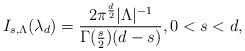
LaTeX: \begin{align*}I_{s,\Lambda}(\lambda_d)= \frac{2\pi^{\frac{d}{2}}|\Lambda|^{-1}}{\Gamma(\frac{s}{2})(d-s)}, 0<s<d, \end{align*}